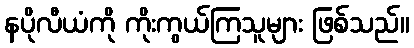
နပိုလီယံကို ကိုးကွယ်ကြသူများ ဖြစ်သည်။